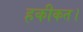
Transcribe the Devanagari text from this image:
हकीकत।